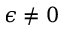
\epsilon \neq 0